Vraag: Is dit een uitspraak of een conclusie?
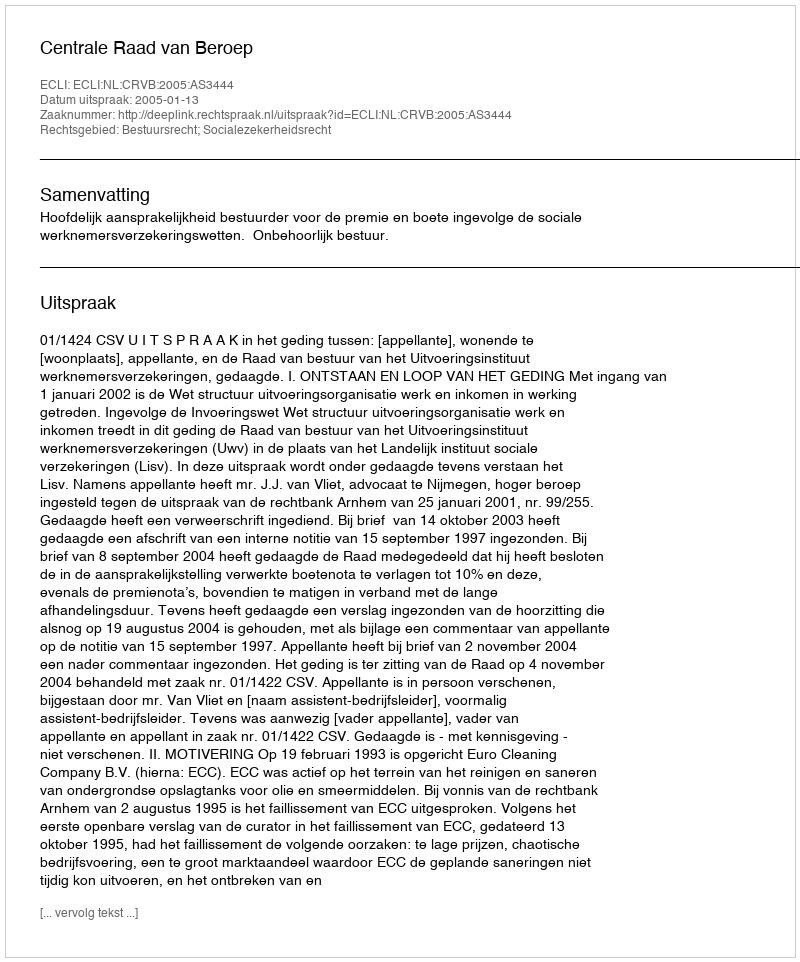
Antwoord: Uitspraak